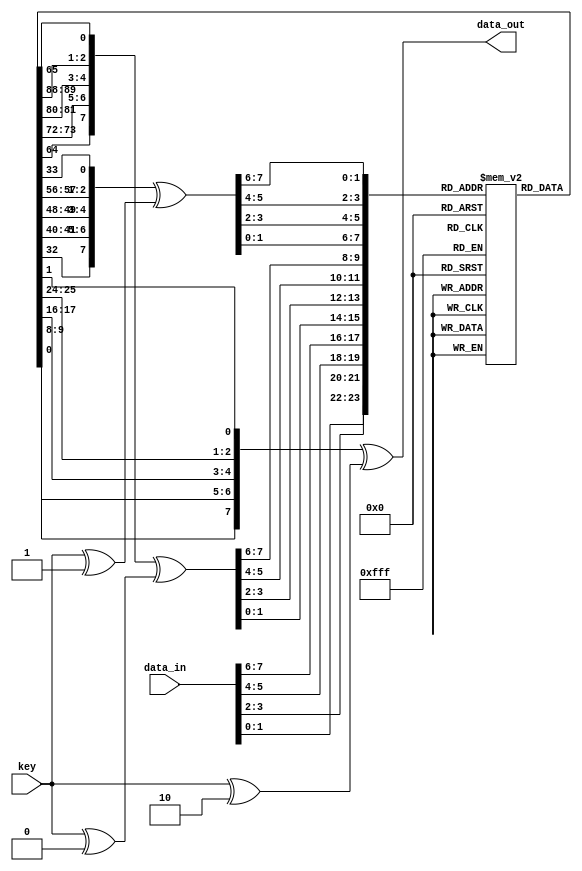
module enhanced_encryption_module #(parameter N = 8) (
    input wire [N-1:0] data_in,
    input wire [N-1:0] key,
    output reg [N-1:0] data_out
);
    integer i;
    reg [N-1:0] round_key;
    reg [N-1:0] state;
    reg [N-1:0] s_box [0:15]; // Simple S-box
    integer round;

    // Initialize S-box (example values)
    initial begin
        s_box[0] = 4; s_box[1] = 10; s_box[2] = 9; s_box[3] = 2;
        s_box[4] = 13; s_box[5] = 8; s_box[6] = 0; s_box[7] = 14;
        s_box[8] = 6; s_box[9] = 11; s_box[10] = 1; s_box[11] = 12;
        s_box[12] = 7; s_box[13] = 15; s_box[14] = 5; s_box[15] = 3;
    end

    // Key expansion (simplified)
    function [N-1:0] expand_key;
        input [N-1:0] k, round;
        begin
            expand_key = k ^ round; // Simple XOR with round number for demonstration
        end
    endfunction

    // Perform encryption
    always @(*) begin
        state = data_in;
        for (round = 0; round < 3; round = round + 1) begin
            // Substitution step using S-box
            for (i = 0; i < N; i = i + 2) begin
                state[i+:2] = s_box[state[i+:2]];
            end
            
            // Permutation step (bitwise rotation)
            state = {state[N-2:0], state[N-1]};
            
            // Add round key
            round_key = expand_key(key, round);
            state = state ^ round_key;
        end
        data_out = state;
    end
endmodule